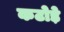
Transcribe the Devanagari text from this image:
कटोड़े